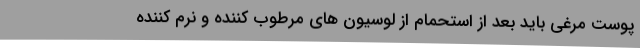
پوست مرغی باید بعد از استحمام از لوسیون های مرطوب کننده و نرم کننده